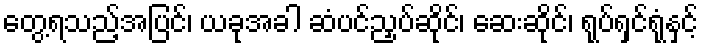
တွေ့ရသည့်အပြင်၊ ယခုအခါ ဆံပင်ညှပ်ဆိုင်၊ ဆေးဆိုင်၊ ရုပ်ရှင်ရုံနှင့်